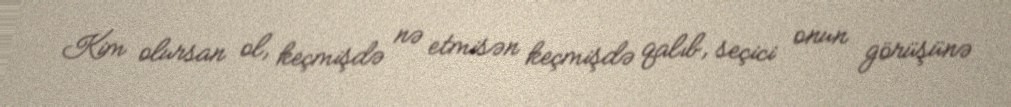
Kim olursan ol, keçmişdə nə etmisən keçmişdə qalıb, seçici onun görüşünə